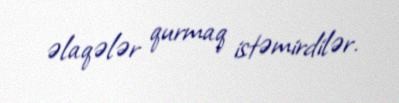
əlaqələr qurmaq istəmirdilər.